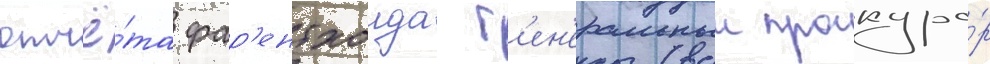
отчё́та фар'ентхолда г'ен'еральныи прокуро́р